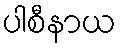
ပါစီနာယ